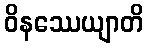
ဝိနဿေယျာတိ